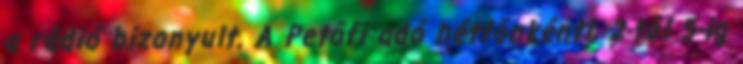
a rádió bizonyult. A Petőfi adó hétfőnkénti, 2-től 5-ig